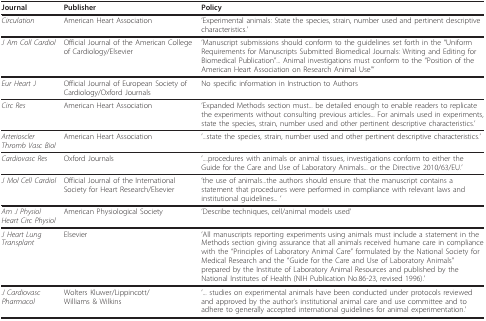
| Journal | Publisher | Policy |
 | --- | --- | --- |
 | Circulation | American Heart Association | 'Experimental animals: State the species, strain, number used and pertinent descriptive characteristics.' |
 | J Am Coll Cardiol | Official Journal of the American College of Cardiology/Elsevier | 'Manuscript submissions should conform to the guidelines set forth in the "Uniform Requirements for Manuscripts Submitted Biomedical Journals: Writing and Editing for Biomedical Publication"... Animal investigations must conform to the "Position of the American Heart Association on Research Animal Use"' |
 | Eur Heart J | Official Journal of European Society of Cardiology/Oxford Journals | No specific information in Instruction to Authors |
 | Circ Res | American Heart Association | 'Expanded Methods section must... be detailed enough to enable readers to replicate the experiments without consulting previous articles... For animals used in experiments, state the species, strain, number used and other pertinent descriptive characteristics.' |
 | Arterioscler Thromb Vasc Biol | American Heart Association | '...state the species, strain, number used and other pertinent descriptive characteristics.' |
 | Cardiovasc Res | Oxford Journals | '....procedures with animals or animal tissues, investigations conform to either the Guide for the Care and Use of Laboratory Animals... or the Directive 2010/63/EU.' |
 | J Mol Cell Cardiol | Official Journal of the International Society for Heart Research/Elsevier | 'the use of animals...the authors should ensure that the manuscript contains a statement that procedures were performed in compliance with relevant laws and institutional guidelines... ' |
 | Am J Physiol Heart Circ Physiol | American Physiological Society | 'Describe techniques, cell/animal models used' |
 | J Heart Lung Transplant | Elsevier | 'All manuscripts reporting experiments using animals must include a statement in the Methods section giving assurance that all animals received humane care in compliance with the "Principles of Laboratory Animal Care" formulated by the National Society for Medical Research and the "Guide for the Care and Use of Laboratory Animals" prepared by the Institute of Laboratory Animal Resources and published by the National Institutes of Health (NIH Publication No.86-23, revised 1996).' |
 | J Cardiovasc Pharmacol | Wolters Kluwer/Lippincott/Williams & Wilkins | '... studies on experimental animals have been conducted under protocols reviewed and approved by the author's institutional animal care and use committee and to adhere to generally accepted international guidelines for animal experimentation.' |